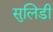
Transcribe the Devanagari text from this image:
सुलिडी